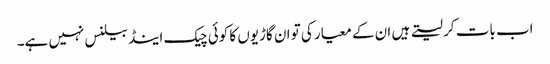
اب بات کر لیتے ہیں ان کے معیار کی تو ان گاڑیوں کا کوئی چیک اینڈ بیلنس نہیں ہے۔